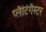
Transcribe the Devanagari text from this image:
प्लैटिगैस्टर